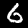
Label: 6